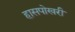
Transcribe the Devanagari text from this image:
हासपोखरी